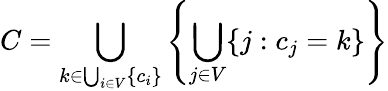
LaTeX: C=\bigcup_{k\in\bigcup_{i\in V}\{ c_{i}\} }\left\{ \bigcup_{j\in V}\{ j:c_{j}=k\} \right\}